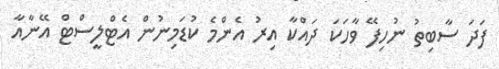
ފަދަ ސާބިތު ނުހިފޭ ވާހަކަ ދައްކާ އިރު އެންމެ ކުޑަމިނުން އެޓްލީސްޓް އޭނާއާ